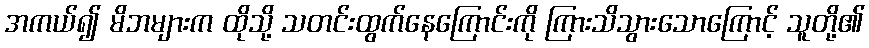
အကယ်၍ မိဘများက ထိုသို့ သတင်းထွက်နေကြောင်းကို ကြားသိသွားသောကြောင့် သူတို့၏